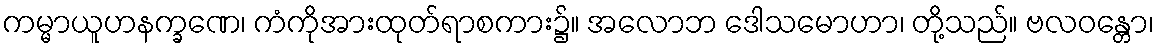
ကမ္မာယူဟနက္ခဏေ၊ ကံကိုအားထုတ်ရာစကား၌။ အလောဘ ဒေါသမောဟာ၊ တို့သည်။ ဗလဝန္တော၊